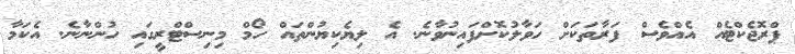
ޕްރޮޖެކްޓެއް އެއްވެސް ފަރާތަކަށް ހަވާލުކޮށްފައިނުވާނެ. އެ ލިޔެކިޔުންތައް ހޯމް މިނިސްޓްރީގައި ހުންނާނެ. އެކަމާ